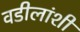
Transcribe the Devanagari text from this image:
वडीलांशी